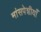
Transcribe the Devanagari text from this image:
मांसपेशीयाँ